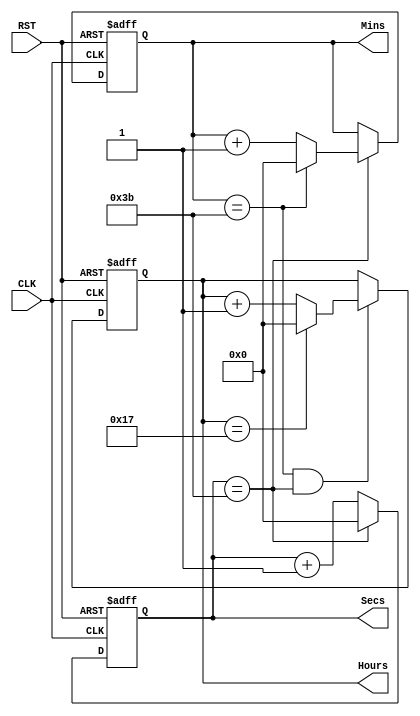
module calendar(
    input CLK,
    input RST,
    output reg [5:0] Hours,
    output reg [5:0] Mins,
    output reg [5:0] Secs
);

    // Define the maximum values for seconds, minutes, and hours
    localparam MAX_SECS = 6'd59;
    localparam MAX_MINS = 6'd59;
    localparam MAX_HOURS = 5'd23;

    // Seconds always block
    always @(posedge CLK or posedge RST) begin
        if (RST) begin
            Secs <= 0; // Reset seconds to 0
        end else if (Secs == MAX_SECS) begin
            Secs <= 0; // Reset seconds to 0 when it reaches the max value
        end else begin
            Secs <= Secs + 1; // Increment seconds
        end
    end

    // Minutes always block
    always @(posedge CLK or posedge RST) begin
        if (RST) begin
            Mins <= 0; // Reset minutes to 0
        end else if (Secs == MAX_SECS) begin
            if (Mins == MAX_MINS) begin
                Mins <= 0; // Reset minutes to 0 when it and seconds reach the max value
            end else begin
                Mins <= Mins + 1; // Increment minutes
            end
        end
    end

    // Hours always block
    always @(posedge CLK or posedge RST) begin
        if (RST) begin
            Hours <= 0; // Reset hours to 0
        end else if (Mins == MAX_MINS && Secs == MAX_SECS) begin
            if (Hours == MAX_HOURS) begin
                Hours <= 0; // Reset hours to 0 when it, minutes, and seconds reach the max value
            end else begin
                Hours <= Hours + 1; // Increment hours
            end
        end
    end

endmodule